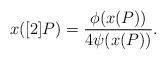
LaTeX: \begin{align*}x([2]P) = \frac{\phi(x(P))}{4\psi(x(P))}.\end{align*}